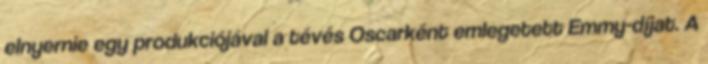
elnyernie egy produkciójával a tévés Oscarként emlegetett Emmy-díjat. A